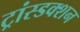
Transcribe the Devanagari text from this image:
ट्रांस्डक्शन